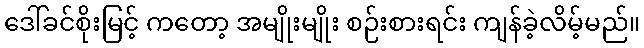
ဒေါ်ခင်စိုးမြင့် ကတော့ အမျိုးမျိုး စဉ်းစားရင်း ကျန်ခဲ့လိမ့်မည်။